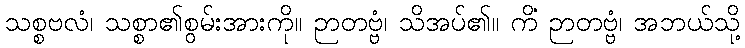
သစ္စဗလံ၊ သစ္စာ၏စွမ်းအားကို။ ဉာတဗ္ဗံ၊ သိအပ်၏။ ကိံ ဉာတဗ္ဗံ၊ အဘယ်သို့